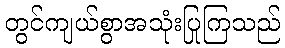
တွင်ကျယ်စွာအသုံးပြုကြသည်